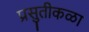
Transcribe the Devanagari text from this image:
प्रसुतीकळा